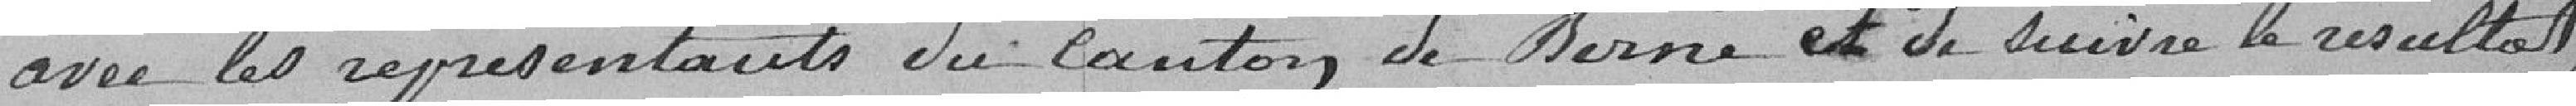
avec les représentants du canton de Berne et de suivre le résultat